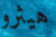
هيثرو